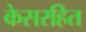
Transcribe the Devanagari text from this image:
केसरहित